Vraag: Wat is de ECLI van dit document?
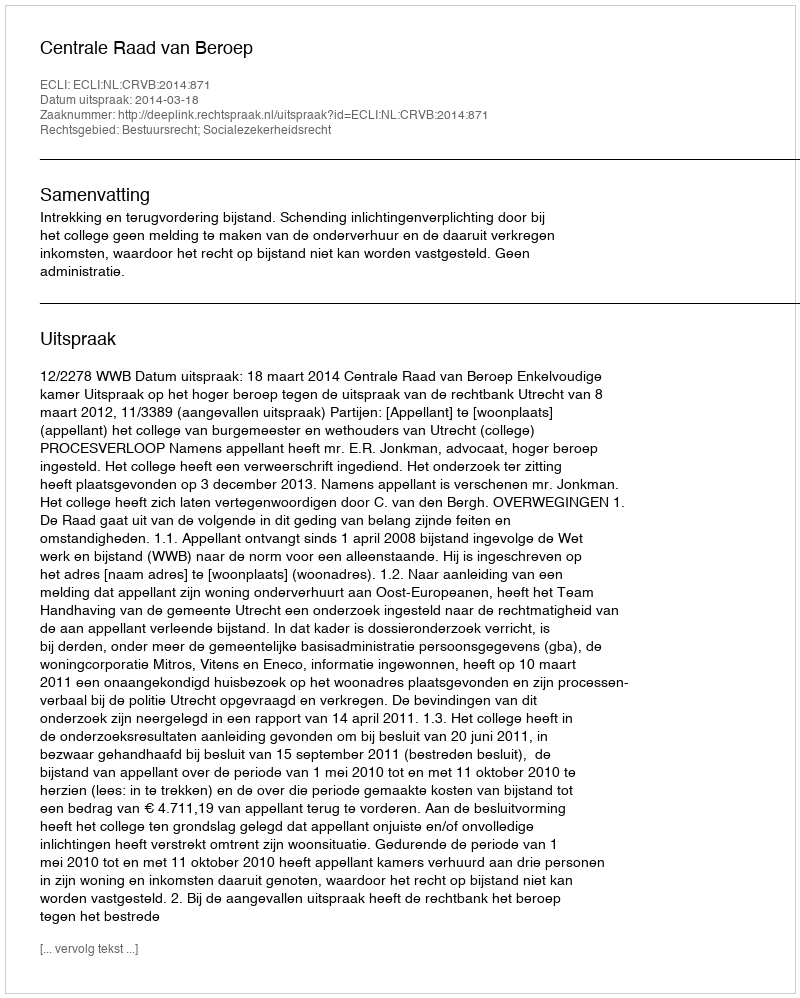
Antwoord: ECLI:NL:CRVB:2014:871